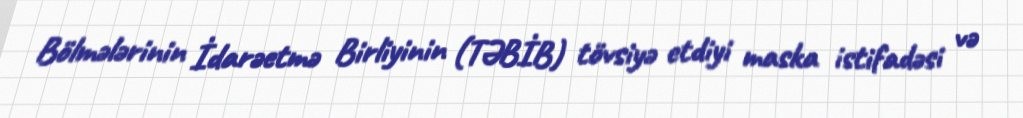
Bölmələrinin İdarəetmə Birliyinin (TƏBİB) tövsiyə etdiyi maska istifadəsi və